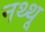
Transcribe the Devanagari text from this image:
नथ्थू